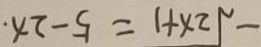
- \sqrt { 2 x + 1 } = 5 - 2 x .